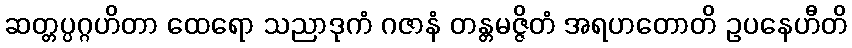
ဆတ္တပ္ပဂ္ဂဟိတာ ထေရော သညာဒုကံ ဂဇာနံ တန္တမဇ္ဇိတံ အရဟတောတိ ဥပနေဟီတိ